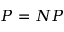
P = N P